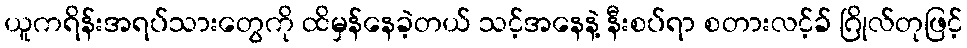
ယူကရိန်းအရပ်သားတွေကို ထိမှန်နေခဲ့တယ် သင့်အနေနဲ့ နီးစပ်ရာ စတားလင့်ခ် ဂြိုလ်တုဖြင့်